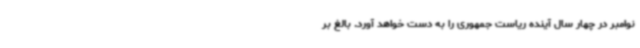
نوامبر در چهار سال آینده ریاست جمهوری را به دست خواهد آورد. بالغ بر